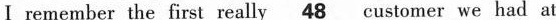
I remember the first really/\underline48 customer we had at